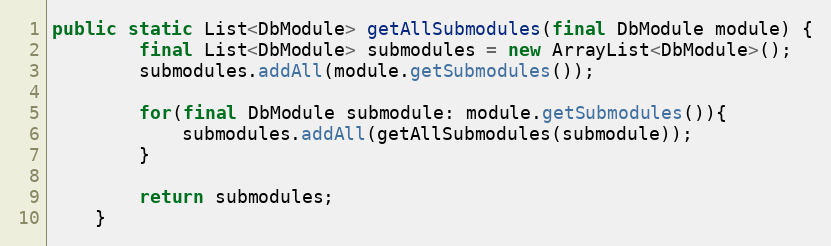
Language: Java
public static List<DbModule> getAllSubmodules(final DbModule module) {
        final List<DbModule> submodules = new ArrayList<DbModule>();
        submodules.addAll(module.getSubmodules());

        for(final DbModule submodule: module.getSubmodules()){
            submodules.addAll(getAllSubmodules(submodule));
        }

        return submodules;
    }